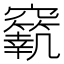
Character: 𥨼